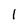
Character: 1